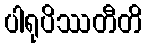
ပါရုပိဿတီတိ